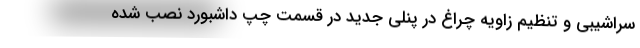
سراشیبی و تنظیم زاویه چراغ در پنلی جدید در قسمت چپ داشبورد نصب شده